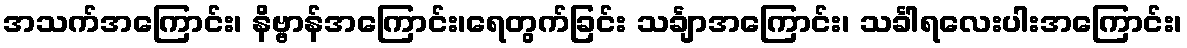
အသက်အကြောင်း၊ နိဗ္ဗာန်အကြောင်း၊ရေတွက်ခြင်း သင်္ချာအကြောင်း၊ သင်္ခါရလေးပါးအကြောင်း၊